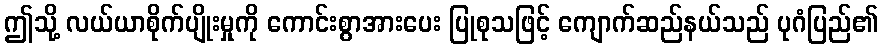
ဤသို့ လယ်ယာစိုက်ပျိုးမှုကို ကောင်းစွာအားပေး ပြုစုသဖြင့် ကျောက်ဆည်နယ်သည် ပုဂံပြည်၏